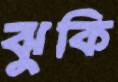
ঝুকি